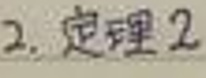
2. 定理2